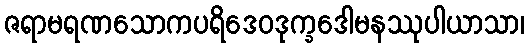
ဇရာမရဏသောကပရိဒေဝဒုက္ခဒေါမနဿုပါယာသာ၊